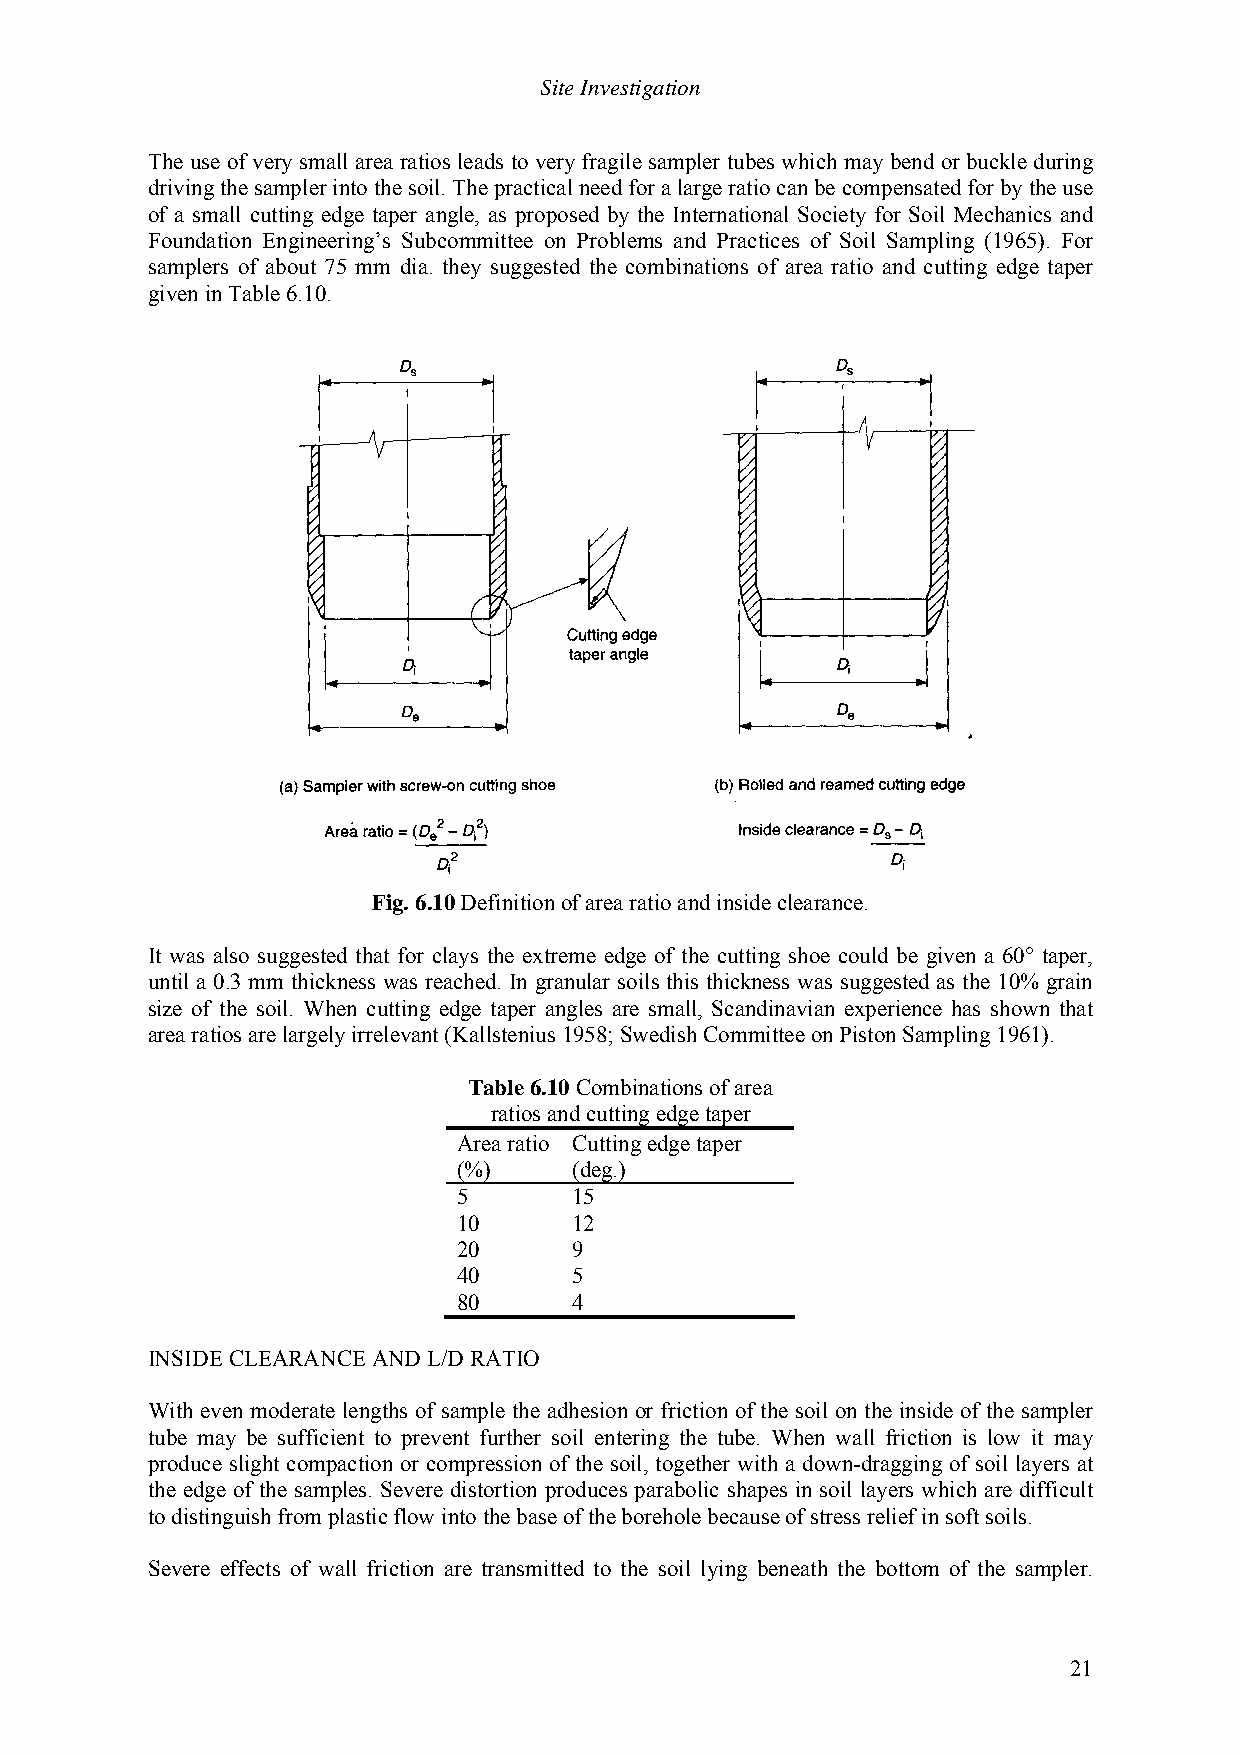
Site Investigation
 The use of very small area ratios leads to very fragile sampler tubes which may bend or buckle during
 driving the sampler into the soil. The practical need for a large ratio can be compensated for by the use
 of a small cutting edge taper angle, as proposed by the International Society for Soil Mechanics and
 Foundation Engineering’s Subcommittee on Problems and Practices of Soil Sampling (1965). For
 samplers of about 75 mm dia. they suggested the combinations of area ratio and cutting edge taper
 given in Table 6.10.
 Fig. 6.10 Definition of area ratio and inside clearance.
 It was also suggested that for clays the extreme edge of the cutting shoe could be given a 60° taper,
 until a 0.3 mm thickness was reached. In granular soils this thickness was suggested as the 10% grain
 size of the soil. When cutting edge taper angles are small, Scandinavian experience has shown that
 area ratios are largely irrelevant (Kallstenius 1958; Swedish Committee on Piston Sampling 1961).
 Table 6.10 Combinations of area
 ratios and cutting edge taper
 Area ratio Cutting edge taper
 (%)     (deg.)
 5       15
 10      12
 20      9
 40      5
 80      4
 INSIDE CLEARANCE AND L/D RATIO
 With even moderate lengths of sample the adhesion or friction of the soil on the inside of the sampler
 tube may be sufficient to prevent further soil entering the tube. When wall friction is low it may
 produce slight compaction or compression of the soil, together with a down-dragging of soil layers at
 the edge of the samples. Severe distortion produces parabolic shapes in soil layers which are difficult
 to distinguish from plastic flow into the base of the borehole because of stress relief in soft soils.
 Severe effects of wall friction are transmitted to the soil lying beneath the bottom of the sampler.
 21